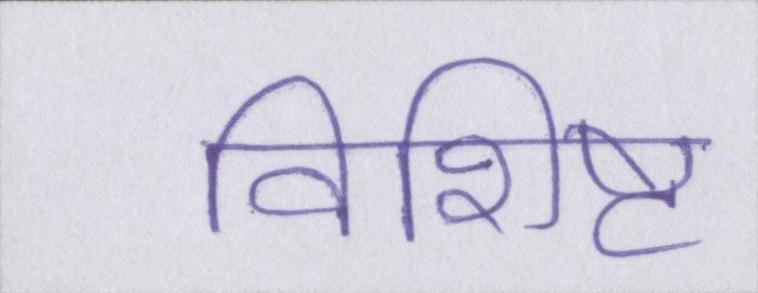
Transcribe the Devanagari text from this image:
विशिष्ट